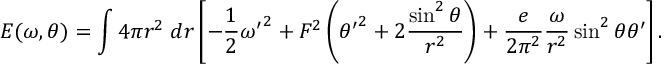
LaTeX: E ( \omega , \theta ) = \int 4 \pi r ^ { 2 } \; d r \left[ - { \frac { 1 } { 2 } } { \omega ^ { \prime } } ^ { 2 } + F ^ { 2 } \left( { \theta ^ { \prime } } ^ { 2 } + 2 { \frac { \sin ^ { 2 } \theta } { r ^ { 2 } } } \right) + { \frac { e } { 2 \pi ^ { 2 } } } { \frac { \omega } { r ^ { 2 } } } \sin ^ { 2 } { \theta } \theta ^ { \prime } \right] .